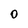
Character: O